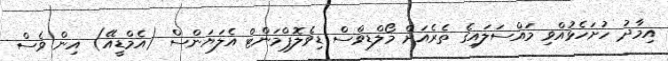
އިމާދު ހުށަހެޅުއްވި މައްސަލައިގެ ތެރެއަށް މޯލްޑިވްސް ޑިވެލޮޕްމަންޓް އެލަޔަންސް (އެމްޑީއޭ) އިން ވެސް